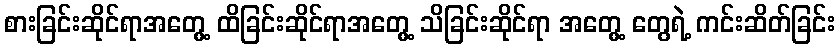
စားခြင်းဆိုင်ရာအတွေ့ ထိခြင်းဆိုင်ရာအတွေ့ သိခြင်းဆိုင်ရာ အတွေ့ တွေရဲ့ ကင်းဆိတ်ခြင်း